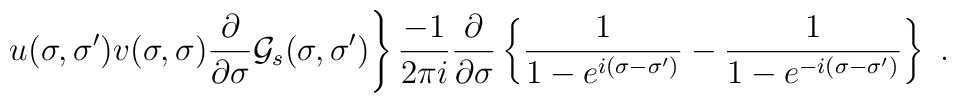
\left. u(\sigma ,\sigma ^{\prime})v(\sigma ,\sigma )\frac{\partial }{\partial \sigma }{\cal G}_s(\sigma,\sigma ^{\prime })\right\}  \frac{-1}{2\pi i}\frac{\partial }{\partial \sigma }\left\{\frac 1{1-e^{i(\sigma -\sigma ^{\prime })}}-\frac 1{1-e^{-i(\sigma -\sigma ^{\prime })}} \right\}\,\, .